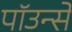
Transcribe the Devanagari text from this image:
पाॅउन्से